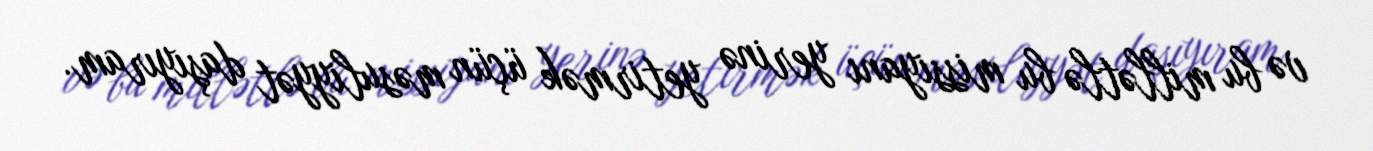
və bu millətlə bu missiyanı yerinə yetirmək üçün məsuliyyət daşıyıram.